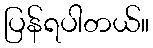
ပြန်ရပါတယ်။